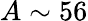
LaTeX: A\sim 56